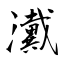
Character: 瀻